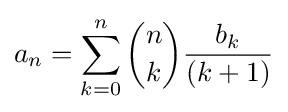
a_{n}=\sum _{k=0}^{n}{\binom {n}{k}}{\frac {b_{k}}{(k+1)}}